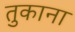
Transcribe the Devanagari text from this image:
तुकाना